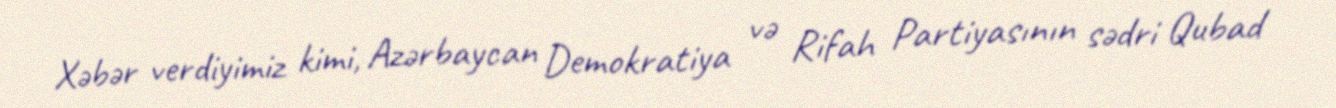
Xəbər verdiyimiz kimi, Azərbaycan Demokratiya və Rifah Partiyasının sədri Qubad